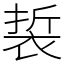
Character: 裚